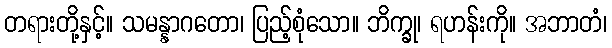
တရားတို့နှင့်။ သမန္နာဂတော၊ ပြည့်စုံသော။ ဘိက္ခု၊ ရဟန်းကို။ အဘာတံ၊